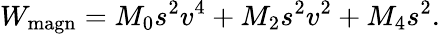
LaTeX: W_{\mathrm{magn}}=M_{0}s^{2}v^{4}+M_{2}s^{2}v^{2}+M_{4}s^{2}.